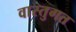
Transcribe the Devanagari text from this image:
वास्तुगत